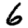
Digit: 6